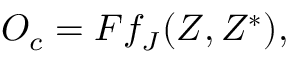
{ \cal O } _ { c } = { \cal F } f _ { J } ( Z , Z ^ { \ast } ) ,